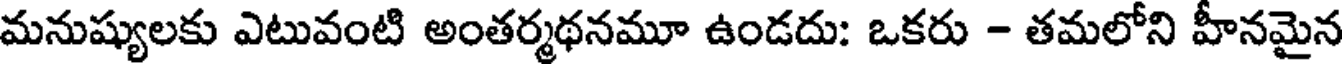
మనుష్యులకు ఎటువంటి అంతర్మథనమూ ఉండదు: ఒకరు - తమలోని హీనమైన